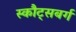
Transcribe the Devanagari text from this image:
स्कौट्सबर्ग